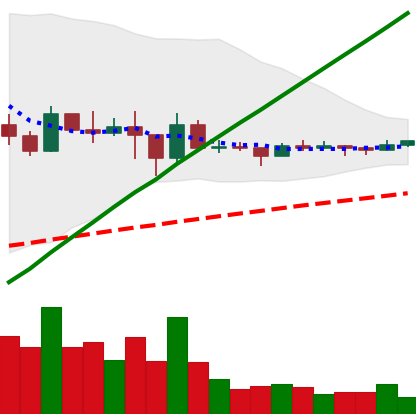
Ticker: DOGE-USD
Chart end date: 2021-03-07
Forward return: 6.191%
Label: up_5_7